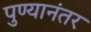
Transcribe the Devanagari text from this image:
पुण्यानंतर